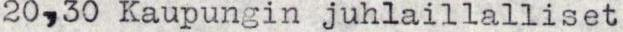
20,30 Kaupungin juhlaillalliset